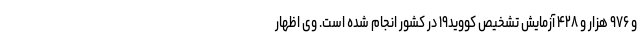
و ۹۷۶ هزار و ۴۲۸ آزمایش تشخیص کووید۱۹ در کشور انجام شده است. وی اظهار